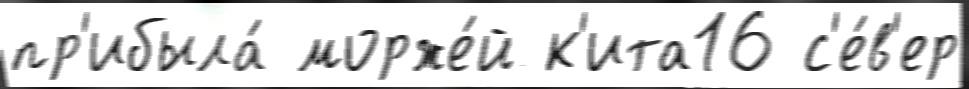
пр'ибыла́ морже́й к'ита16 с'е́в'ер